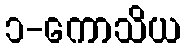
၁-ကောသိယ